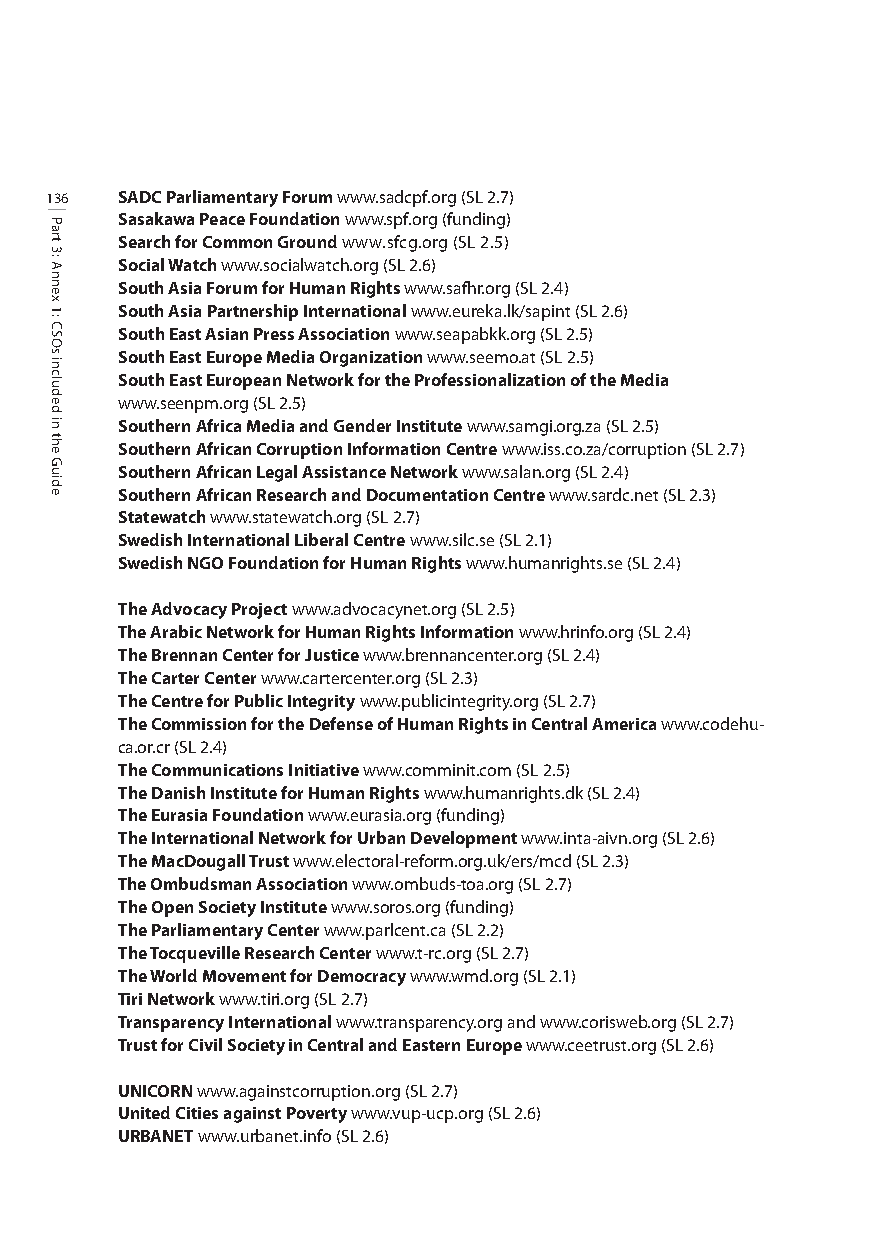
136  SADC Parliamentary Forum www.sadcpf.org (SL 2.7)
 Sasakawa Peace Foundationwww.spf.org (funding)
 Search for Common Groundwww.sfcg.org (SL 2.5)
 Social Watchwww.socialwatch.org (SL 2.6)
 South Asia Forum for Human Rightswww.safhr.org (SL 2.4)
 South Asia Partnership Internationalwww.eureka.lk/sapint (SL 2.6)
 South East Asian Press Associationwww.seapabkk.org (SL 2.5)
 South East Europe Media Organizationwww.seemo.at (SL 2.5)
 South East European Network for the Professionalization of the Media
 www.seenpm.org (SL 2.5)
 Southern Africa Media and Gender Institutewww.samgi.org.za (SL 2.5)
 Southern African Corruption Information Centre www.iss.co.za/corruption (SL 2.7)
 Southern African Legal Assistance Networkwww.salan.org (SL 2.4)
 Southern African Research and Documentation Centre www.sardc.net (SL 2.3)
 Statewatch www.statewatch.org (SL 2.7)
 Swedish International Liberal Centrewww.silc.se (SL 2.1)
 Swedish NGO Foundation for Human Rightswww.humanrights.se (SL 2.4)
 The Advocacy Projectwww.advocacynet.org (SL 2.5)
 The Arabic Network for Human Rights Informationwww.hrinfo.org (SL 2.4)
 The Brennan Center for Justicewww.brennancenter.org (SL 2.4)
 The Carter Center www.cartercenter.org (SL 2.3)
 The Centre for Public Integrity www.publicintegrity.org (SL 2.7)
 The Commission for the Defense of Human Rights in Central America www.codehu-
 ca.or.cr (SL 2.4)
 The Communications Initiative www.comminit.com (SL 2.5)
 The Danish Institute for Human Rightswww.humanrights.dk (SL 2.4)
 The Eurasia Foundationwww.eurasia.org (funding)
 The International Network for Urban Developmentwww.inta-aivn.org (SL 2.6)
 The MacDougall Trustwww.electoral-reform.org.uk/ers/mcd (SL 2.3)
 The Ombudsman Association www.ombuds-toa.org (SL 2.7)
 The Open Society Institute www.soros.org (funding)
 The Parliamentary Center www.parlcent.ca (SL 2.2)
 The Tocqueville Research Centerwww.t-rc.org (SL 2.7)
 The World Movement for Democracy www.wmd.org (SL 2.1)
 Tiri Network www.tiri.org (SL 2.7)
 Transparency International www.transparency.org and www.corisweb.org (SL 2.7)
 Trust for Civil Society in Central and Eastern Europe www.ceetrust.org (SL 2.6)
 UNICORNwww.againstcorruption.org (SL 2.7)
 United Cities against Poverty www.vup-ucp.org (SL 2.6)
 URBANET www.urbanet.info (SL 2.6)
 Part
 3:
 Annex
 1:
 CSOs
 included
 in
 the
 Guide